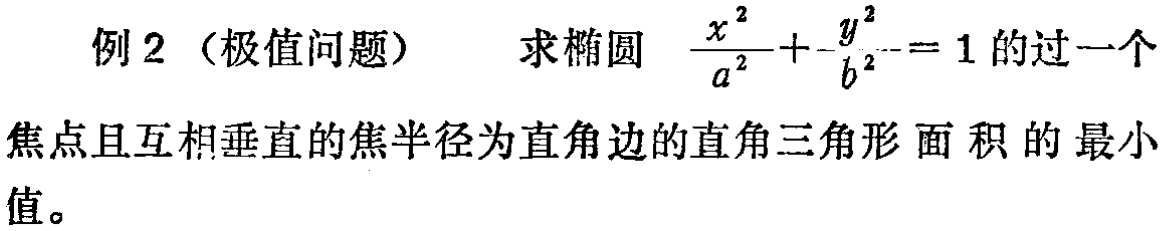
例2（极值问题） 求椭圆 $\frac{x^{2}}{a^{2}}+\frac{y^{2}}{b^{2}} = 1$ 的过一个焦点且互相垂直的焦半径为直角边的直角三角形面积的最小值。